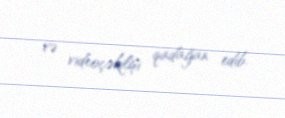
və videoçəkilişi qadağan edib.